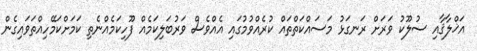
އަޚްލާޤާއި ސުލޫކު ވަރަށް ރަނގަޅު މަސައްކަތްތައް ކުރެއްވުމުގައި އެއްވެސް ވަރުބަލިކަމެއް ފޫހިކަމެއްނެތި ކަމަށްކަމޭހިއްތަވައިގެން